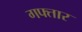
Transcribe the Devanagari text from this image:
गफ्तार